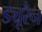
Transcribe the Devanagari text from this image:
ड्यूरैन